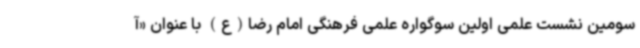
سومین نشست علمی اولین سوگواره علمی فرهنگی امام رضا(ع) با عنوان «آ